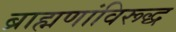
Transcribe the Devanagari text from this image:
ब्राह्मणांविरूद्ध